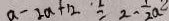
a - 2 a + 1 2 = 2 - \frac { 1 } { 2 } a ^ { 2 }